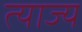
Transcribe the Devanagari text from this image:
त्‍याज्‍य